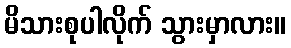
မိသားစုပါလိုက် သွားမှာလား။